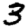
Digit: 3